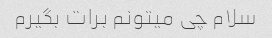
سلام چی میتونم برات بگیرم